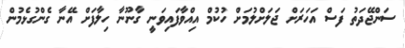
ސަންޖޭދަތު ފަސް އަހަރަށް ޖަލަށްލުމަށް ހުކުމް އިއްވާފައިވަނީ ގާނޫނާ ހިލާފަށް އޭނާ ގެންގުޅެމުން